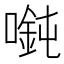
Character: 𫫲